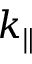
k _ { \parallel }